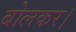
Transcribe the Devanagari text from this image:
बोलकर।